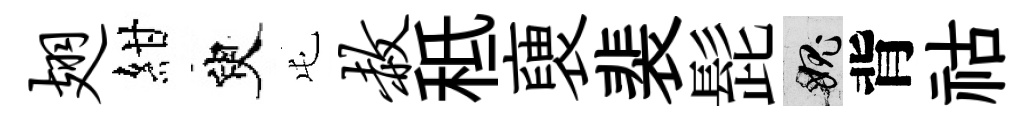
翅紺臾屯赦秪褏裴髭愧背祜